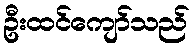
ဦးထင်ကျော်သည်